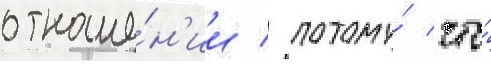
отноше́н'ии / потому́ что́